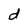
Character: d